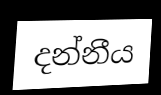
දන්නීය